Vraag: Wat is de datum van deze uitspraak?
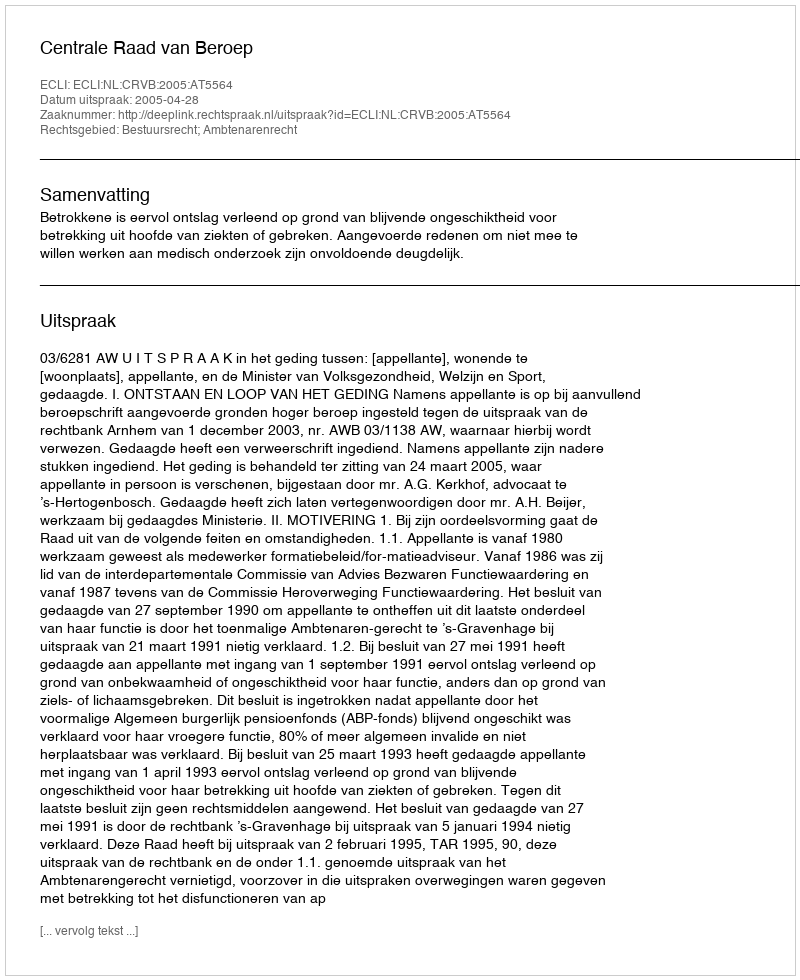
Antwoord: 2005-04-28